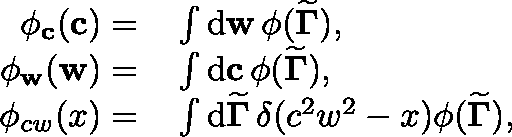
\begin{array} { r l } { \phi _ { \mathbf { c } } ( \mathbf { c } ) = } & { { } \int \mathrm { d } \mathbf { w } \, \phi ( { \widetilde { \mathbf { \Gamma } } } ) , } \\ { \phi _ { \mathbf { w } } ( \mathbf { w } ) = } & { { } \int \mathrm { d } \mathbf { c } \, \phi ( { \widetilde { \mathbf { \Gamma } } } ) , } \\ { \phi _ { c w } ( x ) = } & { { } \int \mathrm { d } { \widetilde { \mathbf { \Gamma } } } \, \delta ( c ^ { 2 } w ^ { 2 } - x ) \phi ( { \widetilde { \mathbf { \Gamma } } } ) , } \end{array}